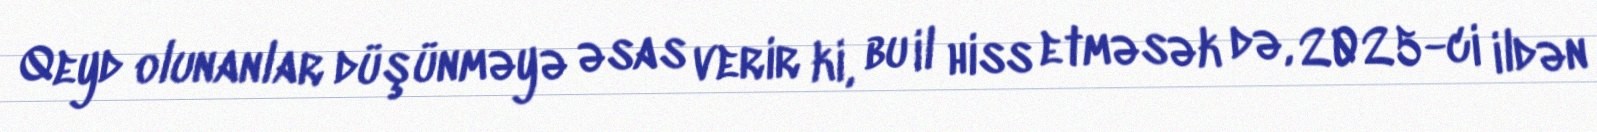
Qeyd olunanlar düşünməyə əsas verir ki, bu il hiss etməsək də, 2025-ci ildən